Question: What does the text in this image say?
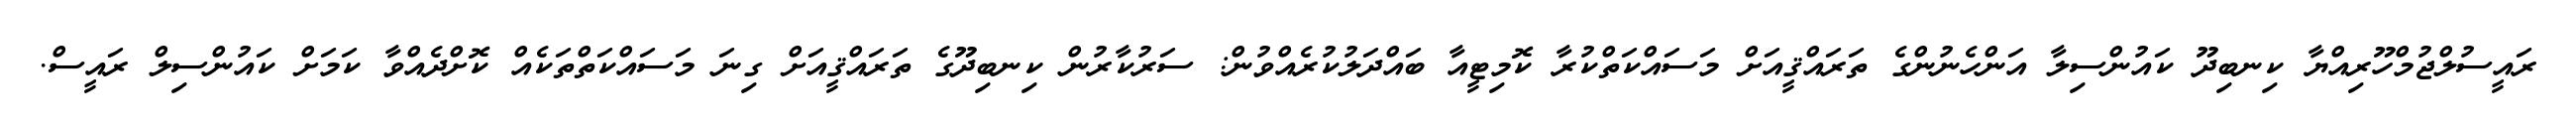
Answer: ރައީސުލްޖުމްހޫރިއްޔާ ކިނބިދޫ ކައުންސިލާ އަންހެނުންގެ ތަރައްޤީއަށް މަސައްކަތްކުރާ ކޮމިޓީއާ ބައްދަލުކުރެއްވުން: ސަރުކާރުން ކިނބިދޫގެ ތަރައްޤީއަށް ގިނަ މަސައްކަތްތަކެއް ކޮށްދެއްވާ ކަމަށް ކައުންސިލް ރައީސް.